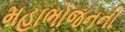
મહાભોજનની